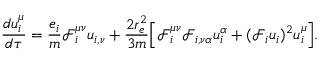
\frac { d u _ { i } ^ { \mu } } { d \tau } = \frac { e _ { i } } { m } \mathcal { F } _ { i } ^ { \mu \nu } u _ { i , \nu } + \frac { 2 r _ { e } ^ { 2 } } { 3 m } \Big [ \Big . \mathcal { F } _ { i } ^ { \mu \nu } \mathcal { F } _ { i , \nu \alpha } u _ { i } ^ { \alpha } + ( \mathcal { F } _ { i } u _ { i } ) ^ { 2 } u _ { i } ^ { \mu } \Big . \Big ] .